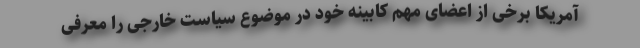
آمریکا برخی از اعضای مهم کابینه خود در موضوع سیاست خارجی را معرفی